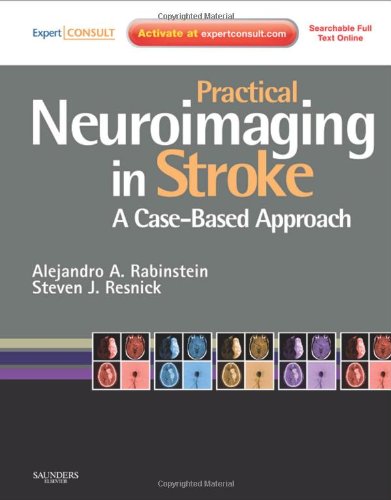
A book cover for Practical Neuroimaging in Stroke: A Case-Based Approach, 1e; Alejandro Rabinstein MD  FAAN; Health, Fitness & Dieting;